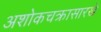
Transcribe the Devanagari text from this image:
अशोकचक्रासारखे